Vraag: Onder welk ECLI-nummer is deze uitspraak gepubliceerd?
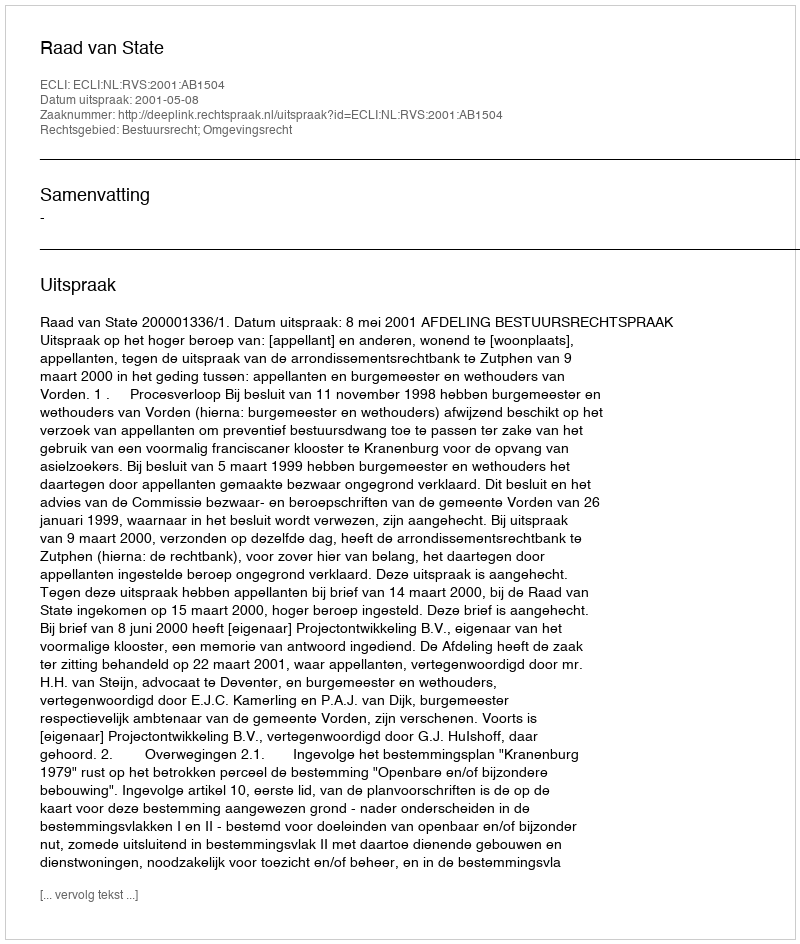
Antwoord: ECLI:NL:RVS:2001:AB1504